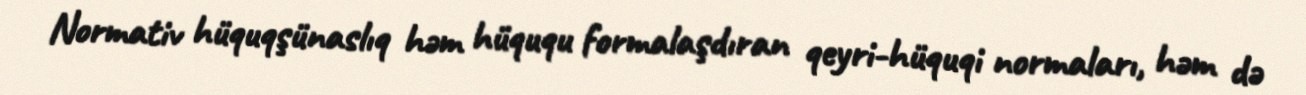
Normativ hüquqşünaslıq həm hüququ formalaşdıran qeyri-hüquqi normaları, həm də